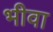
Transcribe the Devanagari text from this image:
भीवा